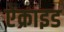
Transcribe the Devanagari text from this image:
ऐक्राइड